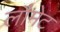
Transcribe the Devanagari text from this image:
लौमेट